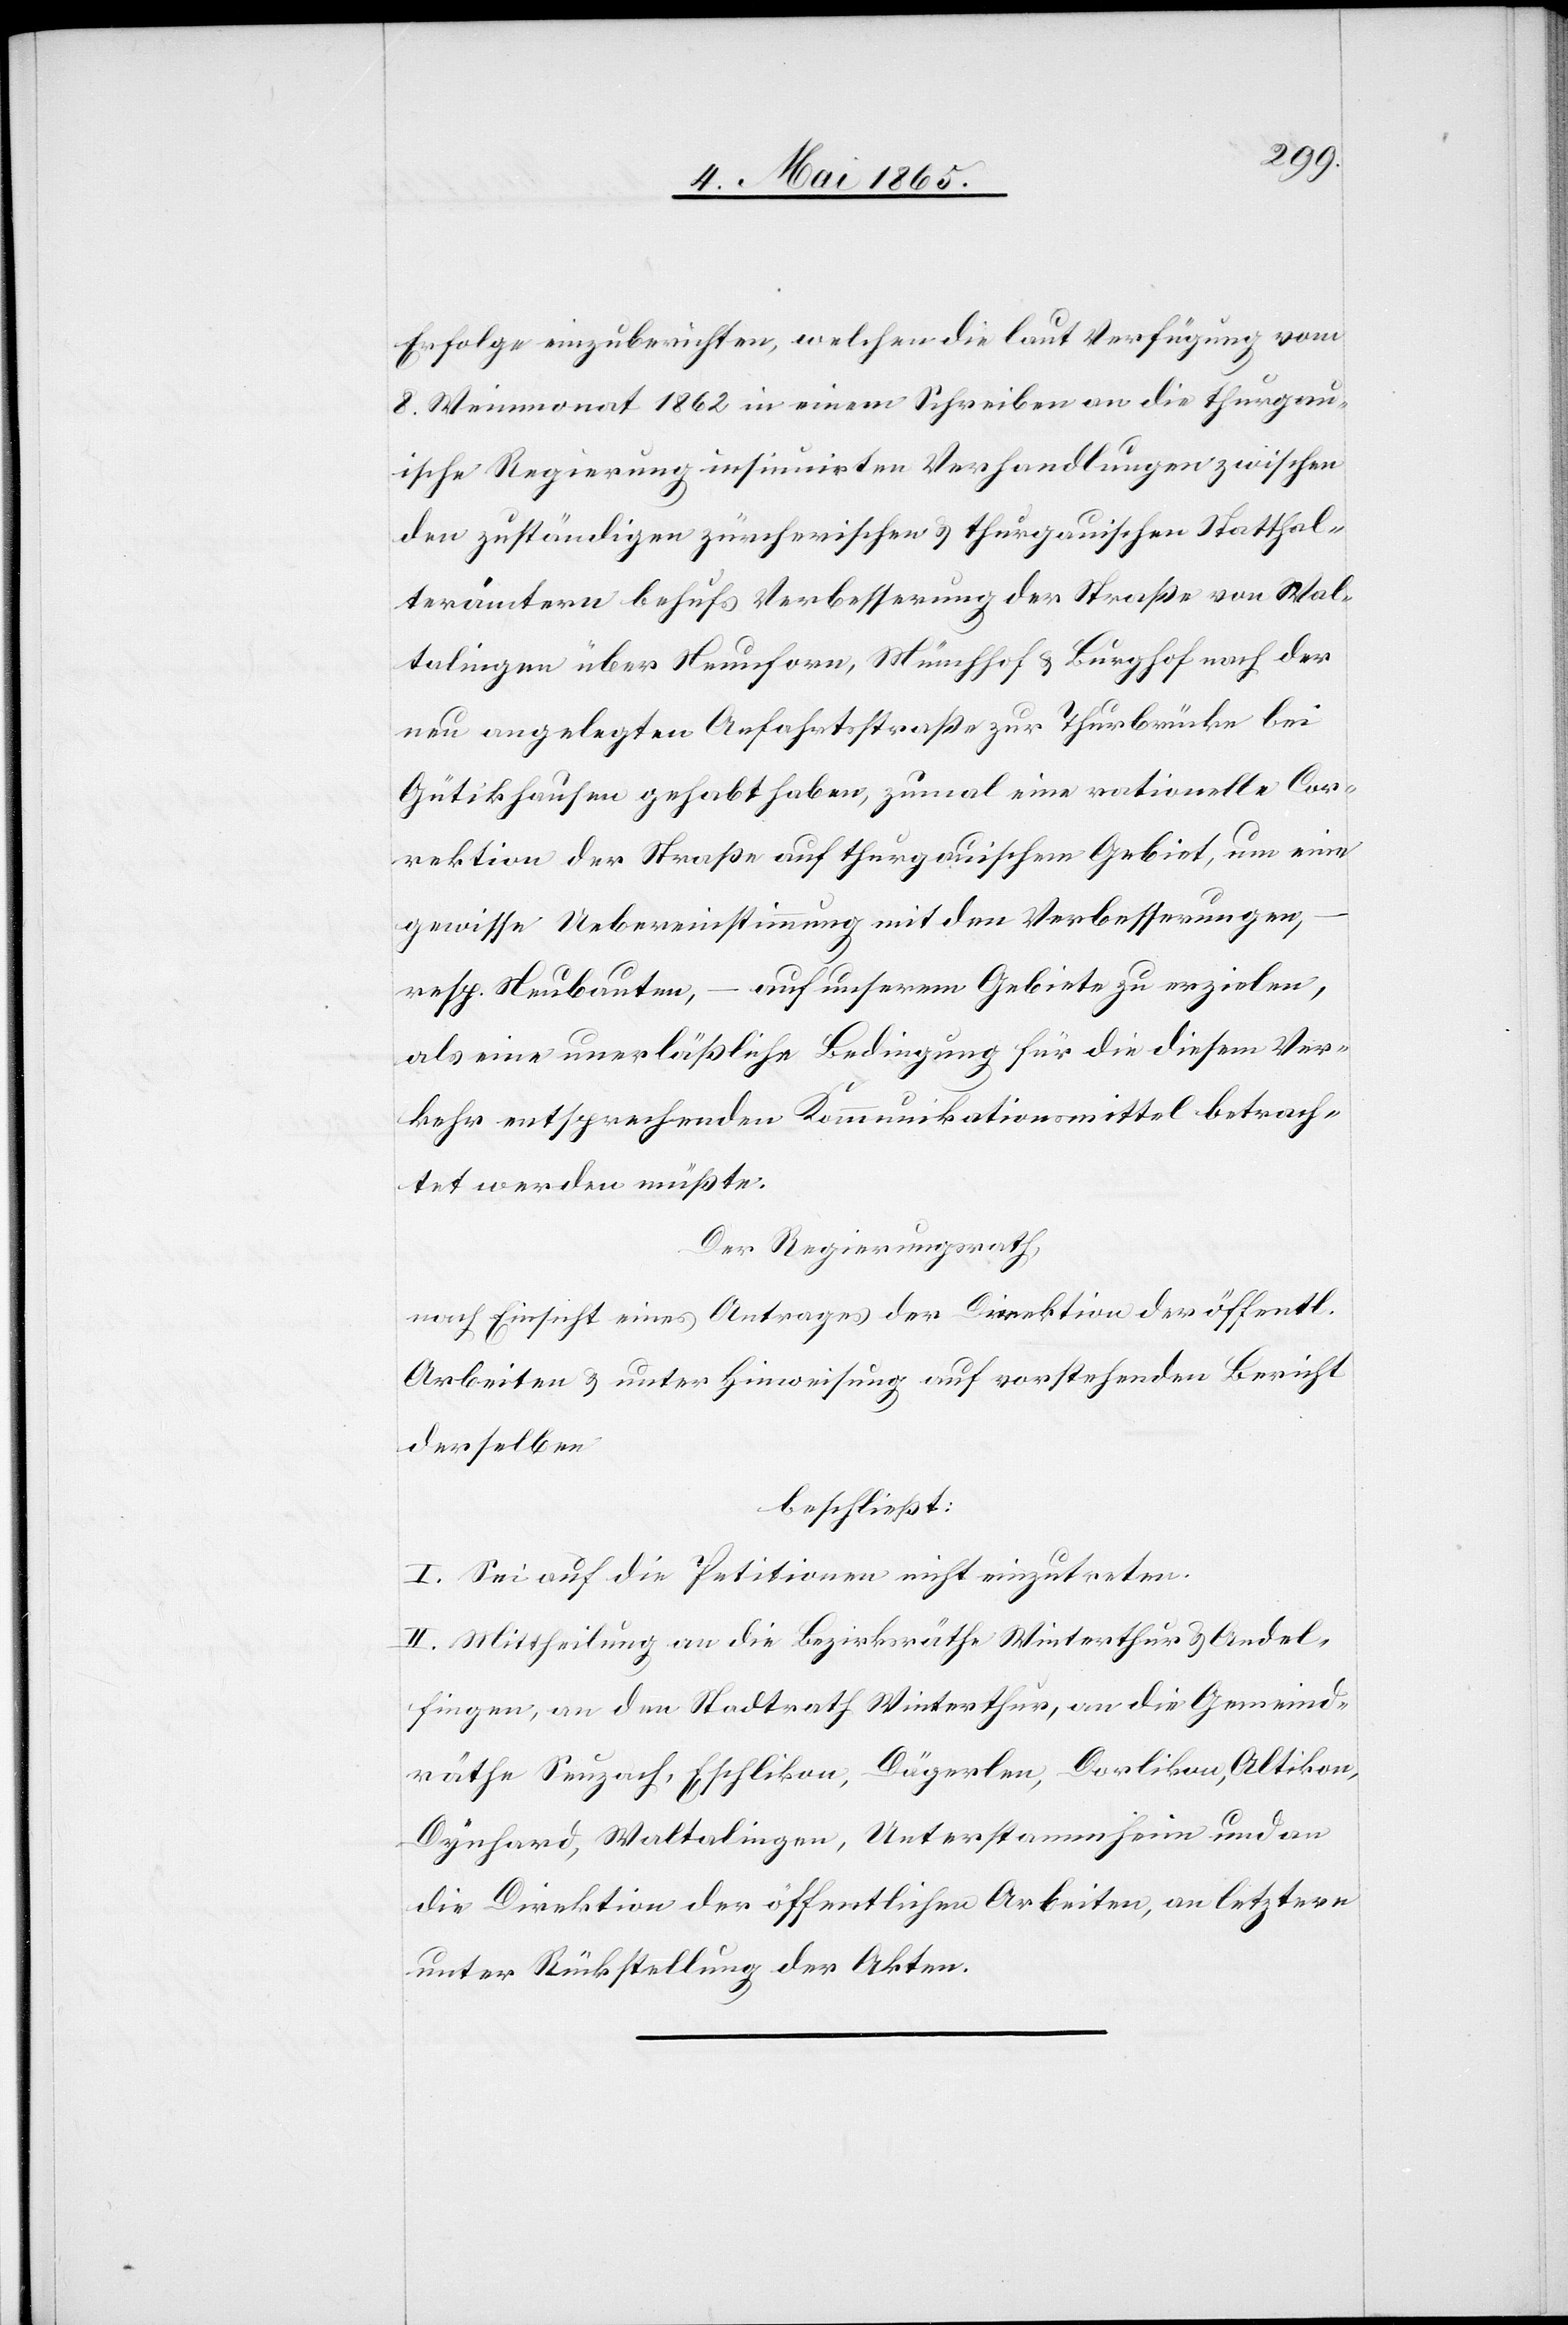
Erfolge einzuberichten, welchen die laut Verfügung vom
8. Weinmonat 1862 in einem Schreiben an die thurgau¬
ische Regierung insinuirten Verhandlungen zwischen
den zuständigen zürcherischen & thurgauischen Statthal¬
terämtern behufs Verbesserung der Straße von Wal¬
talingen über Neunforn, Münchhof & Burghof nach der
neu angelegten Anfahrtsstraße zur Thurbrücke bei
Gütikhausen gehabt haben, zumal eine rationelle Cor¬
rektion der Straße auf thurgauischem Gebiet, um eine
gewisse Uebereinstimmung mit den Verbesserungen,
resp. Neubauten, – auf unserem Gebiete zu erzielen,
als eine unerläßliche Bedingung für die diesem Ver¬
kehr entsprechenden Kommunikationsmittel betrach¬
tet werden müßte.
Der Regierungsrath,
nach Einsicht eines Antrages der Direktion der öffentl.
Arbeiten & unter Hinweisung auf vorstehenden Bericht
derselben
beschließt:
I. Sei auf die Petitionen nicht einzutreten.
II. Mittheilung an die Bezirksräthe Winterthur & Andel¬
fingen, an den Stadtrath Winterthur, an die Gemeind¬
räthe Seuzach, Eschlikon, Dägerlen, Dorlikon, Altikon,
Dynhard, Waltalingen, Unterstammheim und an
die Direktion der öffentlichen Arbeiten, an letztere
unter Rückstellung der Akten.